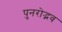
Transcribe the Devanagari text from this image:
पुनरोद्भव